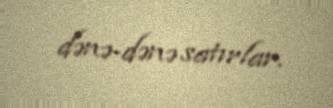
dənə-dənə satırlar.